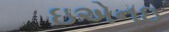
ઇએનઇ